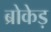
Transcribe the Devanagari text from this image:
ब्रोकेड़